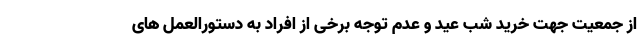
از جمعیت جهت خرید شب عید و عدم توجه برخی از افراد به دستورالعمل های